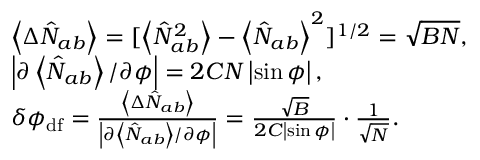
\begin{array} { r l r } & { \left\langle \Delta \hat { N } _ { a b } \right\rangle = [ \left\langle \hat { N } _ { a b } ^ { 2 } \right\rangle - \left\langle \hat { N } _ { a b } \right\rangle ^ { 2 } ] ^ { 1 / 2 } = \sqrt { B N } , } & \\ & { \left\vert \partial \left\langle \hat { N } _ { a b } \right\rangle / \partial \phi \right\vert = 2 C N \left\vert \sin \phi \right\vert , } & \\ & { \delta \phi _ { \mathrm { d f } } = \frac { \left\langle \Delta \hat { N } _ { a b } \right\rangle } { \left\vert \partial \left\langle \hat { N } _ { a b } \right\rangle / \partial \phi \right\vert } = \frac { \sqrt { B } } { 2 C \left\vert \sin \phi \right\vert } \cdot \frac { 1 } { \sqrt { N } } . } & \end{array}